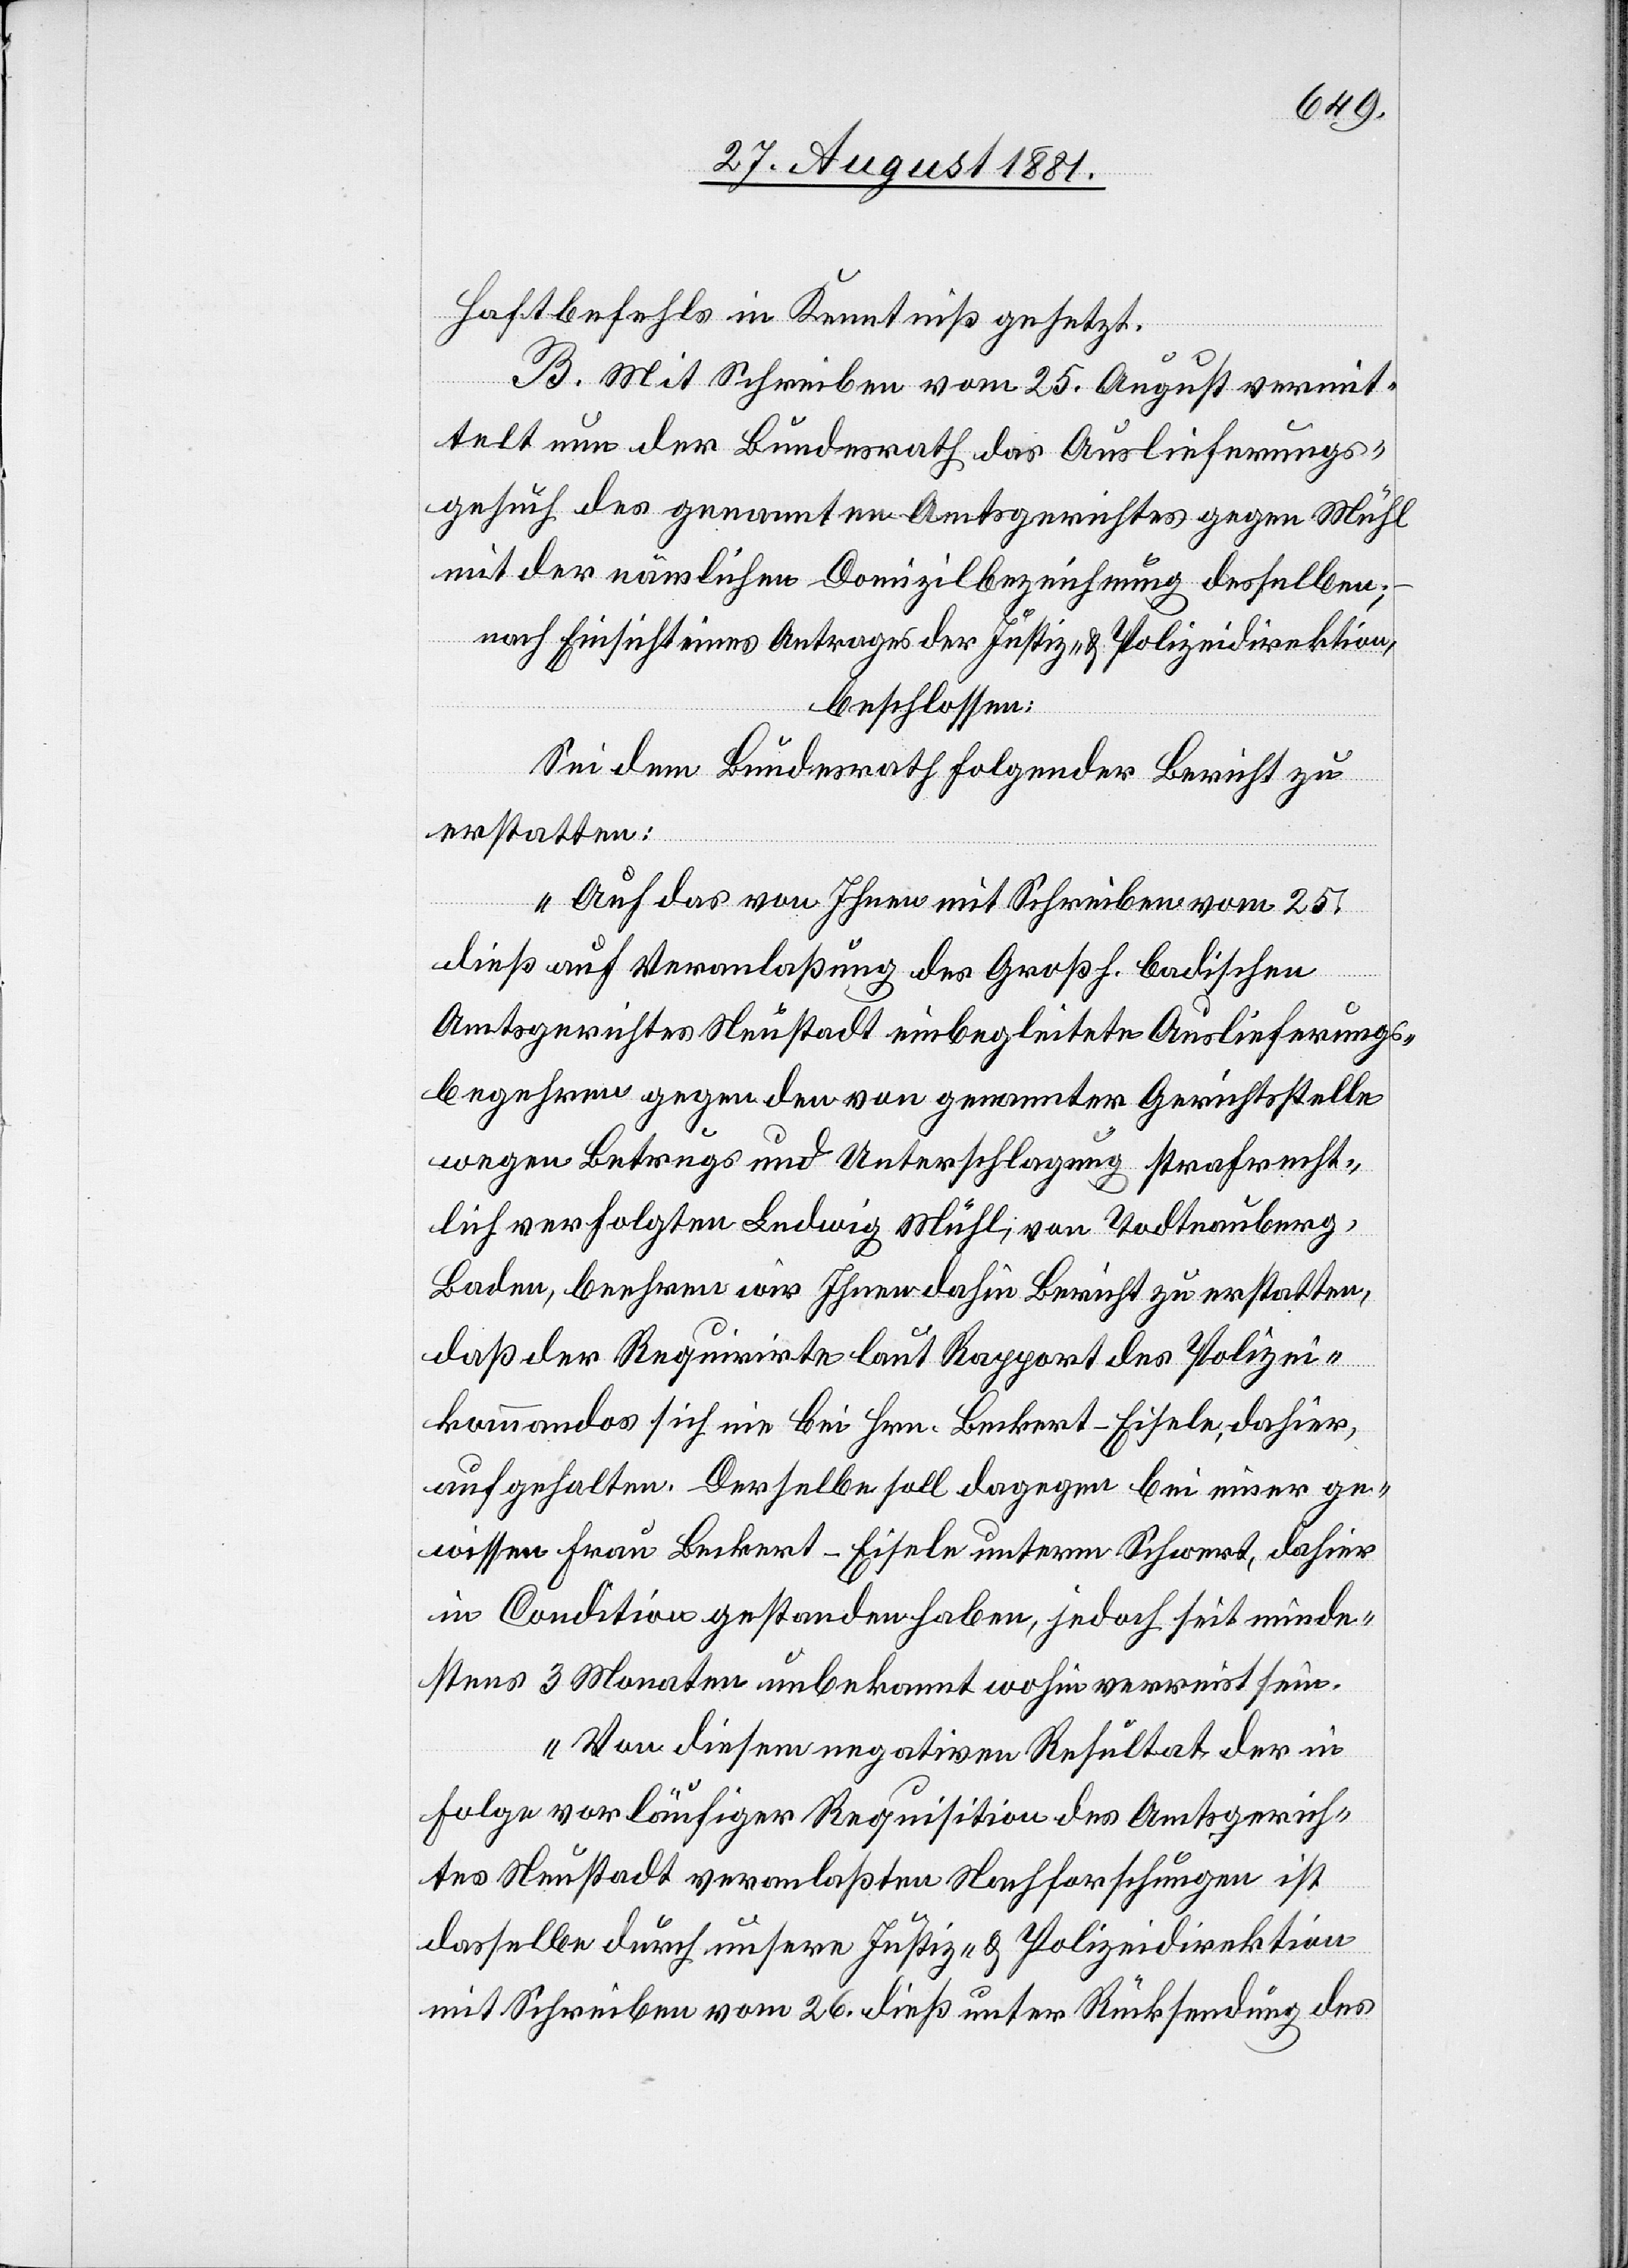
Haftbefehls in Kenntniß gesetzt.
B. Mit Schreiben vom 25. August vermit¬
telt nun der Bundesrath das Auslieferungs¬
gesuch des genannten Amtsgerichtes gegen Mühl
mit der nämlichen Domizilbezeichnung desselben;–
nach Einsicht eines Antrages der Justiz- & Polizeidirektion,
beschlossen:
Sei dem Bundesrath folgender Bericht zu
erstatten:
„Auf das von Ihnen mit Schreiben vom 25.
dieß auf Veranlaßung des Großh. badischen
Amtsgerichtes Neustadt einbegleitete Auslieferungs¬
begehren gegen den von genannter Gerichtsstelle
wegen Betrugs und Unterschlagung strafrecht¬
lich verfolgten Ludwig Mühl, von Todtnauberg,
Baden, beehren wir Ihnen dahin Bericht zu erstatten,
daß der Requirirte laut Rapport des Polizei¬
kommandos sich nie bei Hrn. Beckert-Eisele, dahier,
aufgehalten. Derselbe soll dagegen bei einer ge¬
wissen Frau Beckert-Eisele unterm Schwert, dahier
in Condition gestanden haben, jedoch seit minde¬
stens 3 Monaten unbekannt wohin vereist sein.
Von diesem negativen Resultat der in
Folge vorläufiger Requisition des Amtsgerich¬
tes Neustadt veranlaßten Nachforschungen ist
dasselbe durch unsere Justiz- & Polizeidirektion
mit Schreiben vom 26. dieß unter Rücksendung des